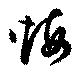
悔